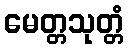
မေတ္တသုတ္တံ